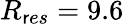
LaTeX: R_{\mathsf{r}es}=9.6